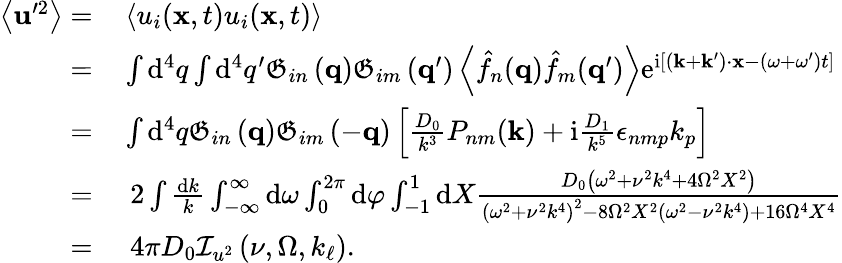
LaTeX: \begin{array}{rl}{\left\langle\mathbf{u}^{\prime 2}\right\rangle=}&{{}\left\langle u_{i}(\mathbf{x},t)u_{i}(\mathbf{x},t)\right\rangle}\\ {=}&{{}\int\mathrm{d}^{4}q\int\mathrm{d}^{4}q^{\prime}\mathfrak{G}_{in}\left(\mathbf{q}\right)\mathfrak{G}_{im}\left(\mathbf{q}^{\prime}\right)\left\langle\hat{f}_{n}(\mathbf{q})\hat{f}_{m}(\mathbf{q}^{\prime})\right\rangle\mathrm{e}^{\mathrm{i}\left[\left(\mathbf{k}+\mathbf{k}^{\prime}\right)\cdot\mathbf{x}-\left(\omega+\omega^{\prime}\right)t\right]}}\\ {=}&{{}\int\mathrm{d}^{4}q\mathfrak{G}_{in}\left(\mathbf{q}\right)\mathfrak{G}_{im}\left(-\mathbf{q}\right)\left[\frac{D_{0}}{k^{3}}P_{nm}(\mathbf{k})+\mathrm{i}\frac{D_{1}}{k^{5}}\epsilon_{nmp}k_{p}\right]}\\ {=}&{{}\, \, 2\int\frac{\mathrm{d}k}{k}\int_{-\infty}^{\infty}\mathrm{d}\omega\int_{0}^{2\pi}\mathrm{d}\varphi\int_{-1}^{1}\mathrm{d}X\frac{D_{0}\left(\omega^{2}+\nu^{2}k^{4}+4\Omega^{2}X^{2}\right)}{\left(\omega^{2}+\nu^{2}k^{4}\right)^{2}-8\Omega^{2}X^{2}\left(\omega^{2}-\nu^{2}k^{4}\right)+16\Omega^{4}X^{4}}}\\ {=}&{{}\, \, 4\pi D_{0}\mathcal{I}_{u^{2}}\left(\nu,\Omega,k_{\ell}\right).}\end{array}